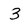
Character: 3